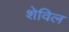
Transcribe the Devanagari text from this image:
शेविल